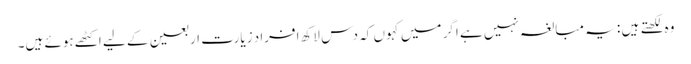
وہ لکھتے ہیں : یہ مبالغہ نہیں ہے اگر میں کہوں کہ دس لاکھ افراد زیارت اربعین کے لیے اکٹھے ہوئے ہیں۔